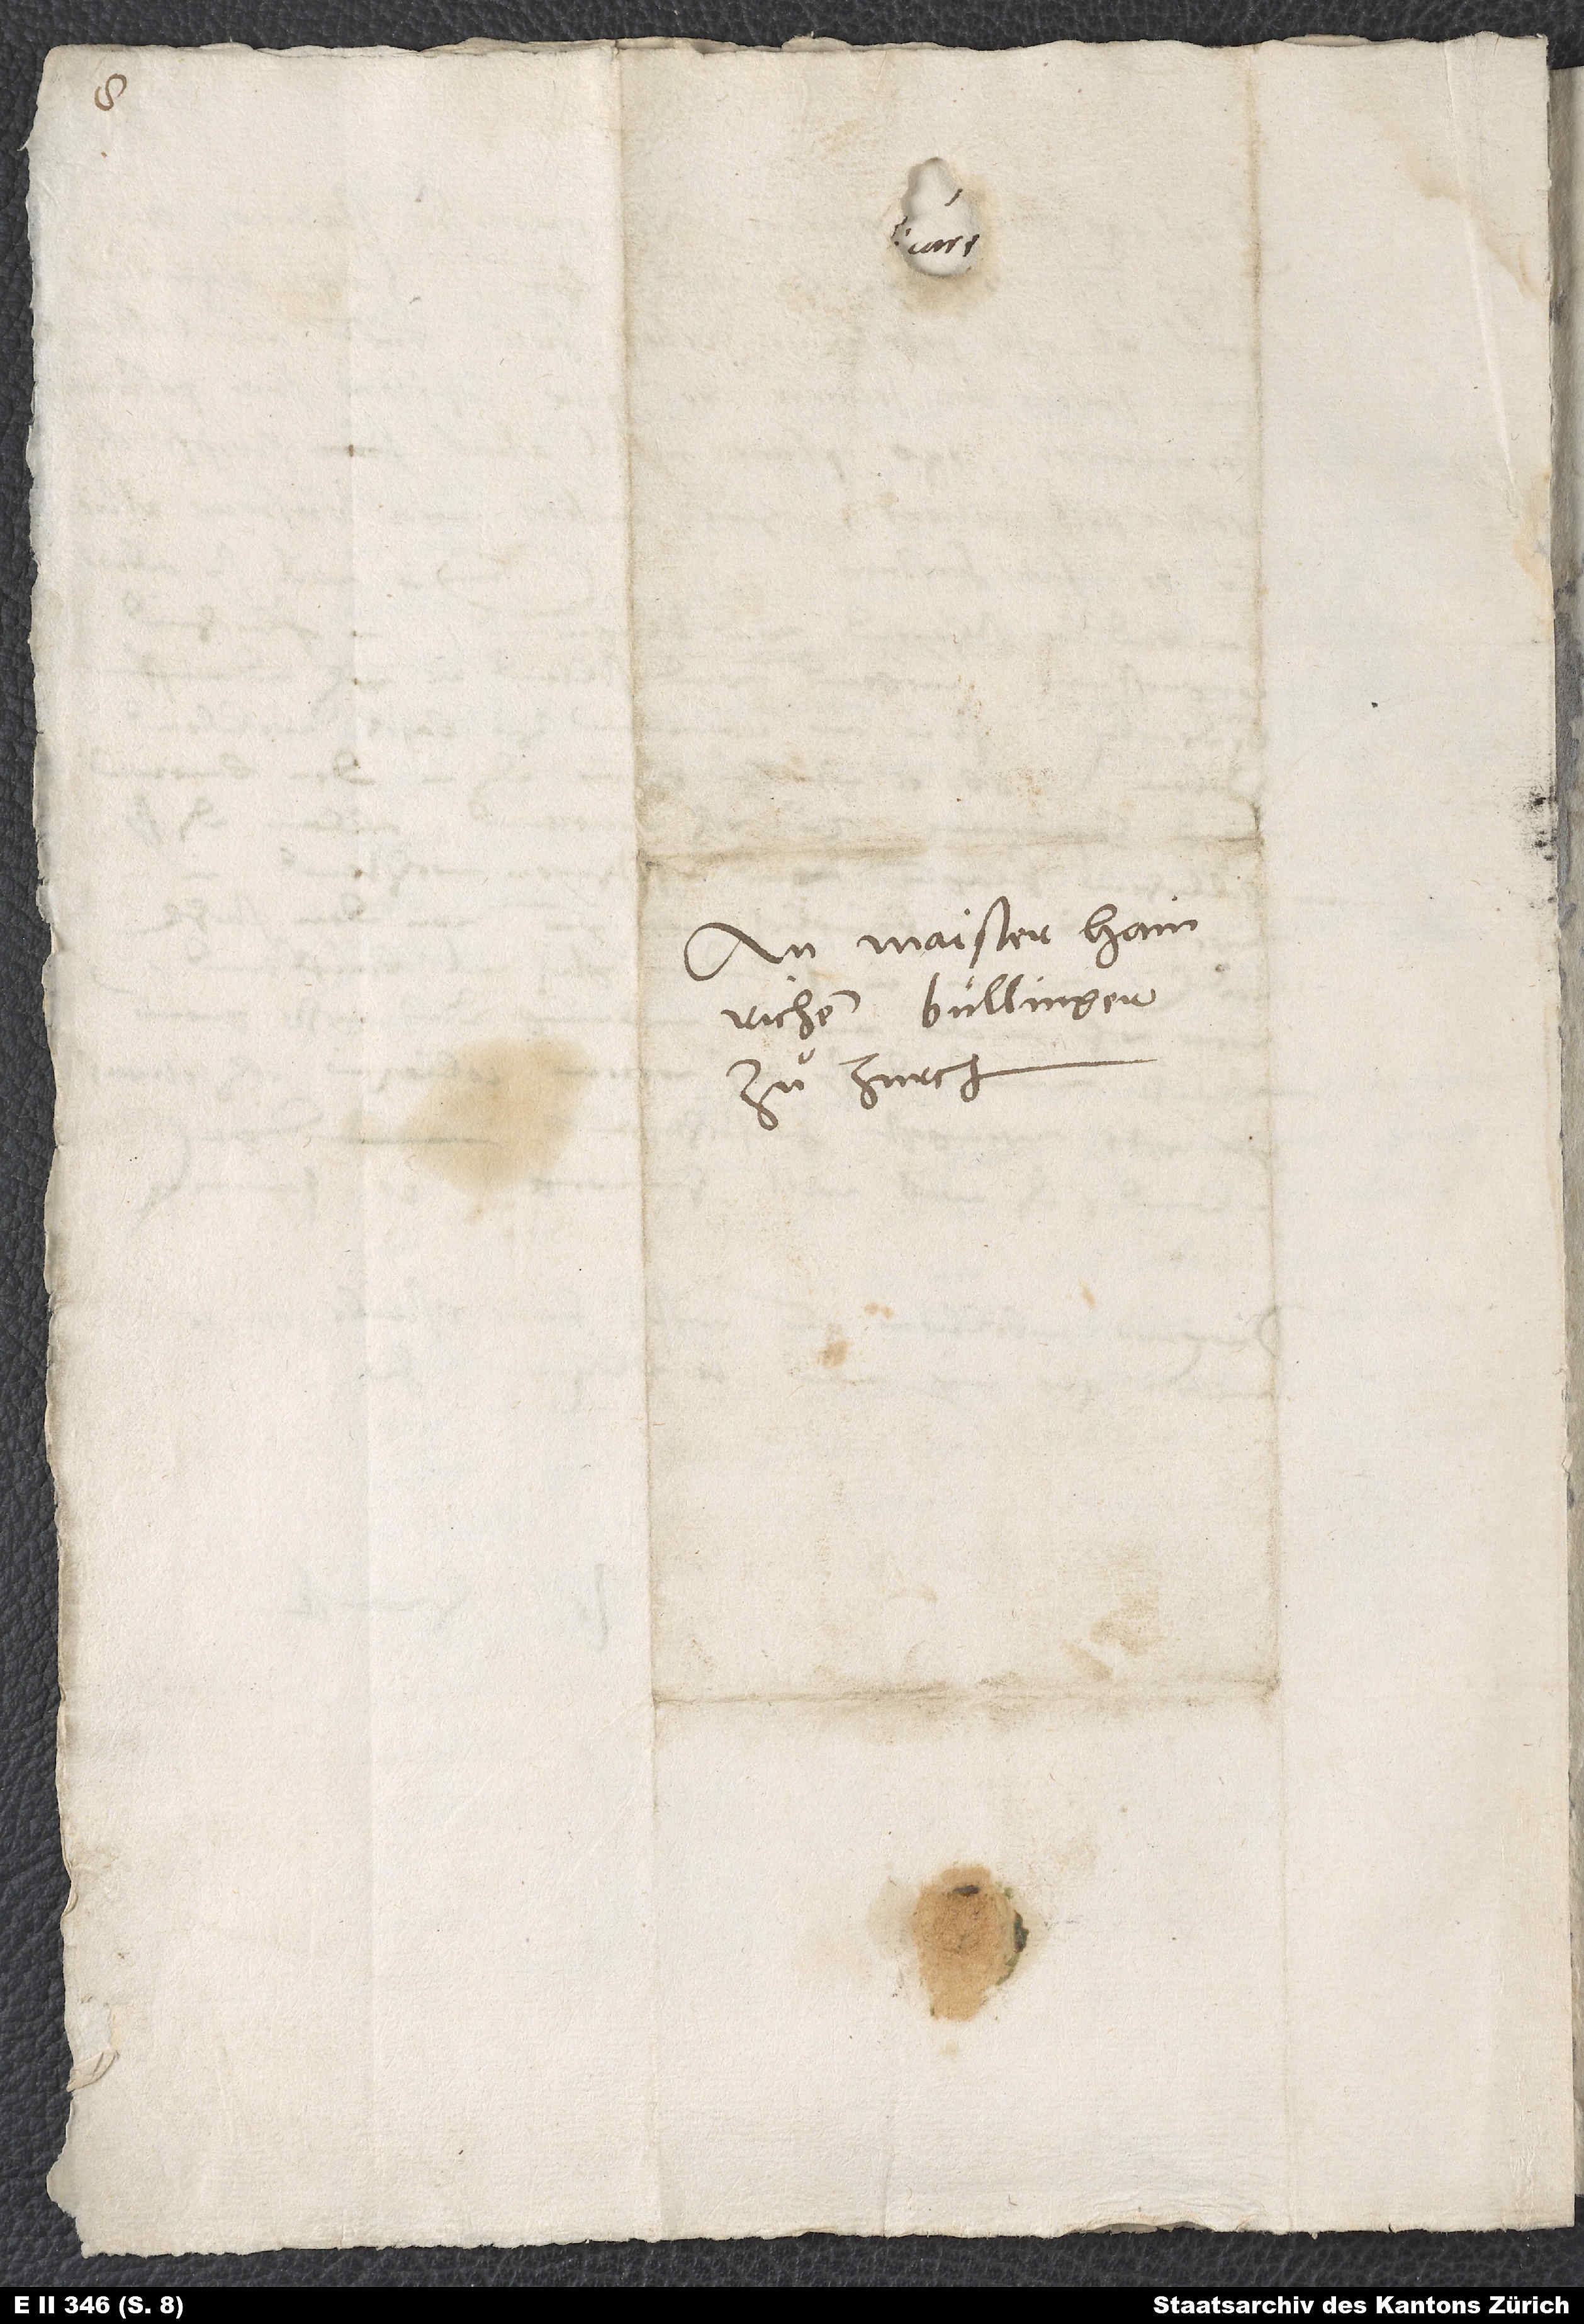
An Maister Hainrichen
Bullinger
zuͦ Zurch.